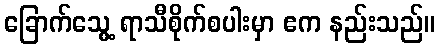
ခြောက်သွေ့ ရာသီစိုက်စပါးမှာ ဧက နည်းသည်။